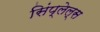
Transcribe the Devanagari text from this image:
सिंप्लेल्स